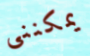
يمكننى